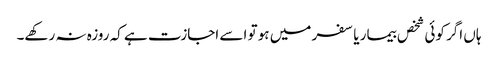
ہاں اگر کوئی شخص بیمار یا سفر میں ہو تو اسے اجازت ہے کہ روزہ نہ رکھے۔